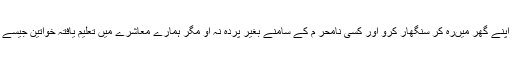
اسلام عورت کے بناؤ سنگھار سے منع نہیں فرماتا مگر وہ یہ بھی کہتا ہے کہ اپنے گھر میںرہ کر سنگھار کرو اور کسی نامحر م کے سامنے بغیر پردہ نہ آؤ مگر ہمارے معاشرے میں تعلیم یافتہ خواتین جیسے جیسے تعلیم حاصل کررہی ہیں ویسے ویسے پردے سے دور ہوتی جارہی ہیں۔